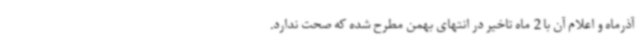
آذرماه و اعلام آن با 2 ماه تاخیر در انتهای بهمن مطرح شده که صحت ندارد.